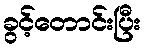
ခွင့်တောင်းပြီး